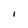
Character: I